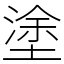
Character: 塗